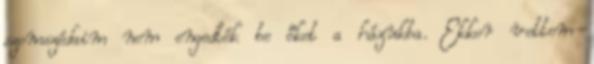
szomszédaim nem engedték be őket a házukba. Ekkor vettem